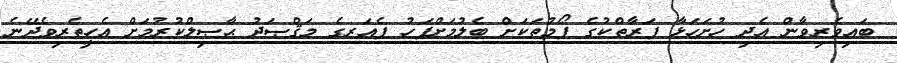
ބައިވެރިވާން އެދި ހުށަހަޅާ ފަރާތްކުގެ ފޯމުތަކަށް ބެލުމަށްފަހު ފެއަރގެ މަޤްޞަދު ޙާޞިލްކުރުމަށް އެހީތެރިވެދޭނެ